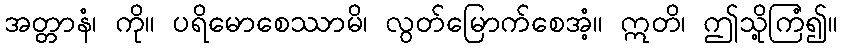
အတ္တာနံ၊ ကို။ ပရိမောစေဿာမိ၊ လွတ်မြောက်စေအံ့။ ဣတိ၊ ဤသို့ကြံ၍။